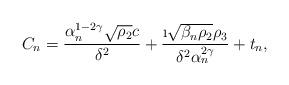
LaTeX: \begin{align*}C_n = \frac{\alpha_n^{1-2\gamma}\sqrt{\rho_2}c}{\delta^2}+ \frac{\i\sqrt{\beta_n \rho_2}\rho_3}{\delta^2\alpha_n^{2\gamma}} + t_n,\end{align*}